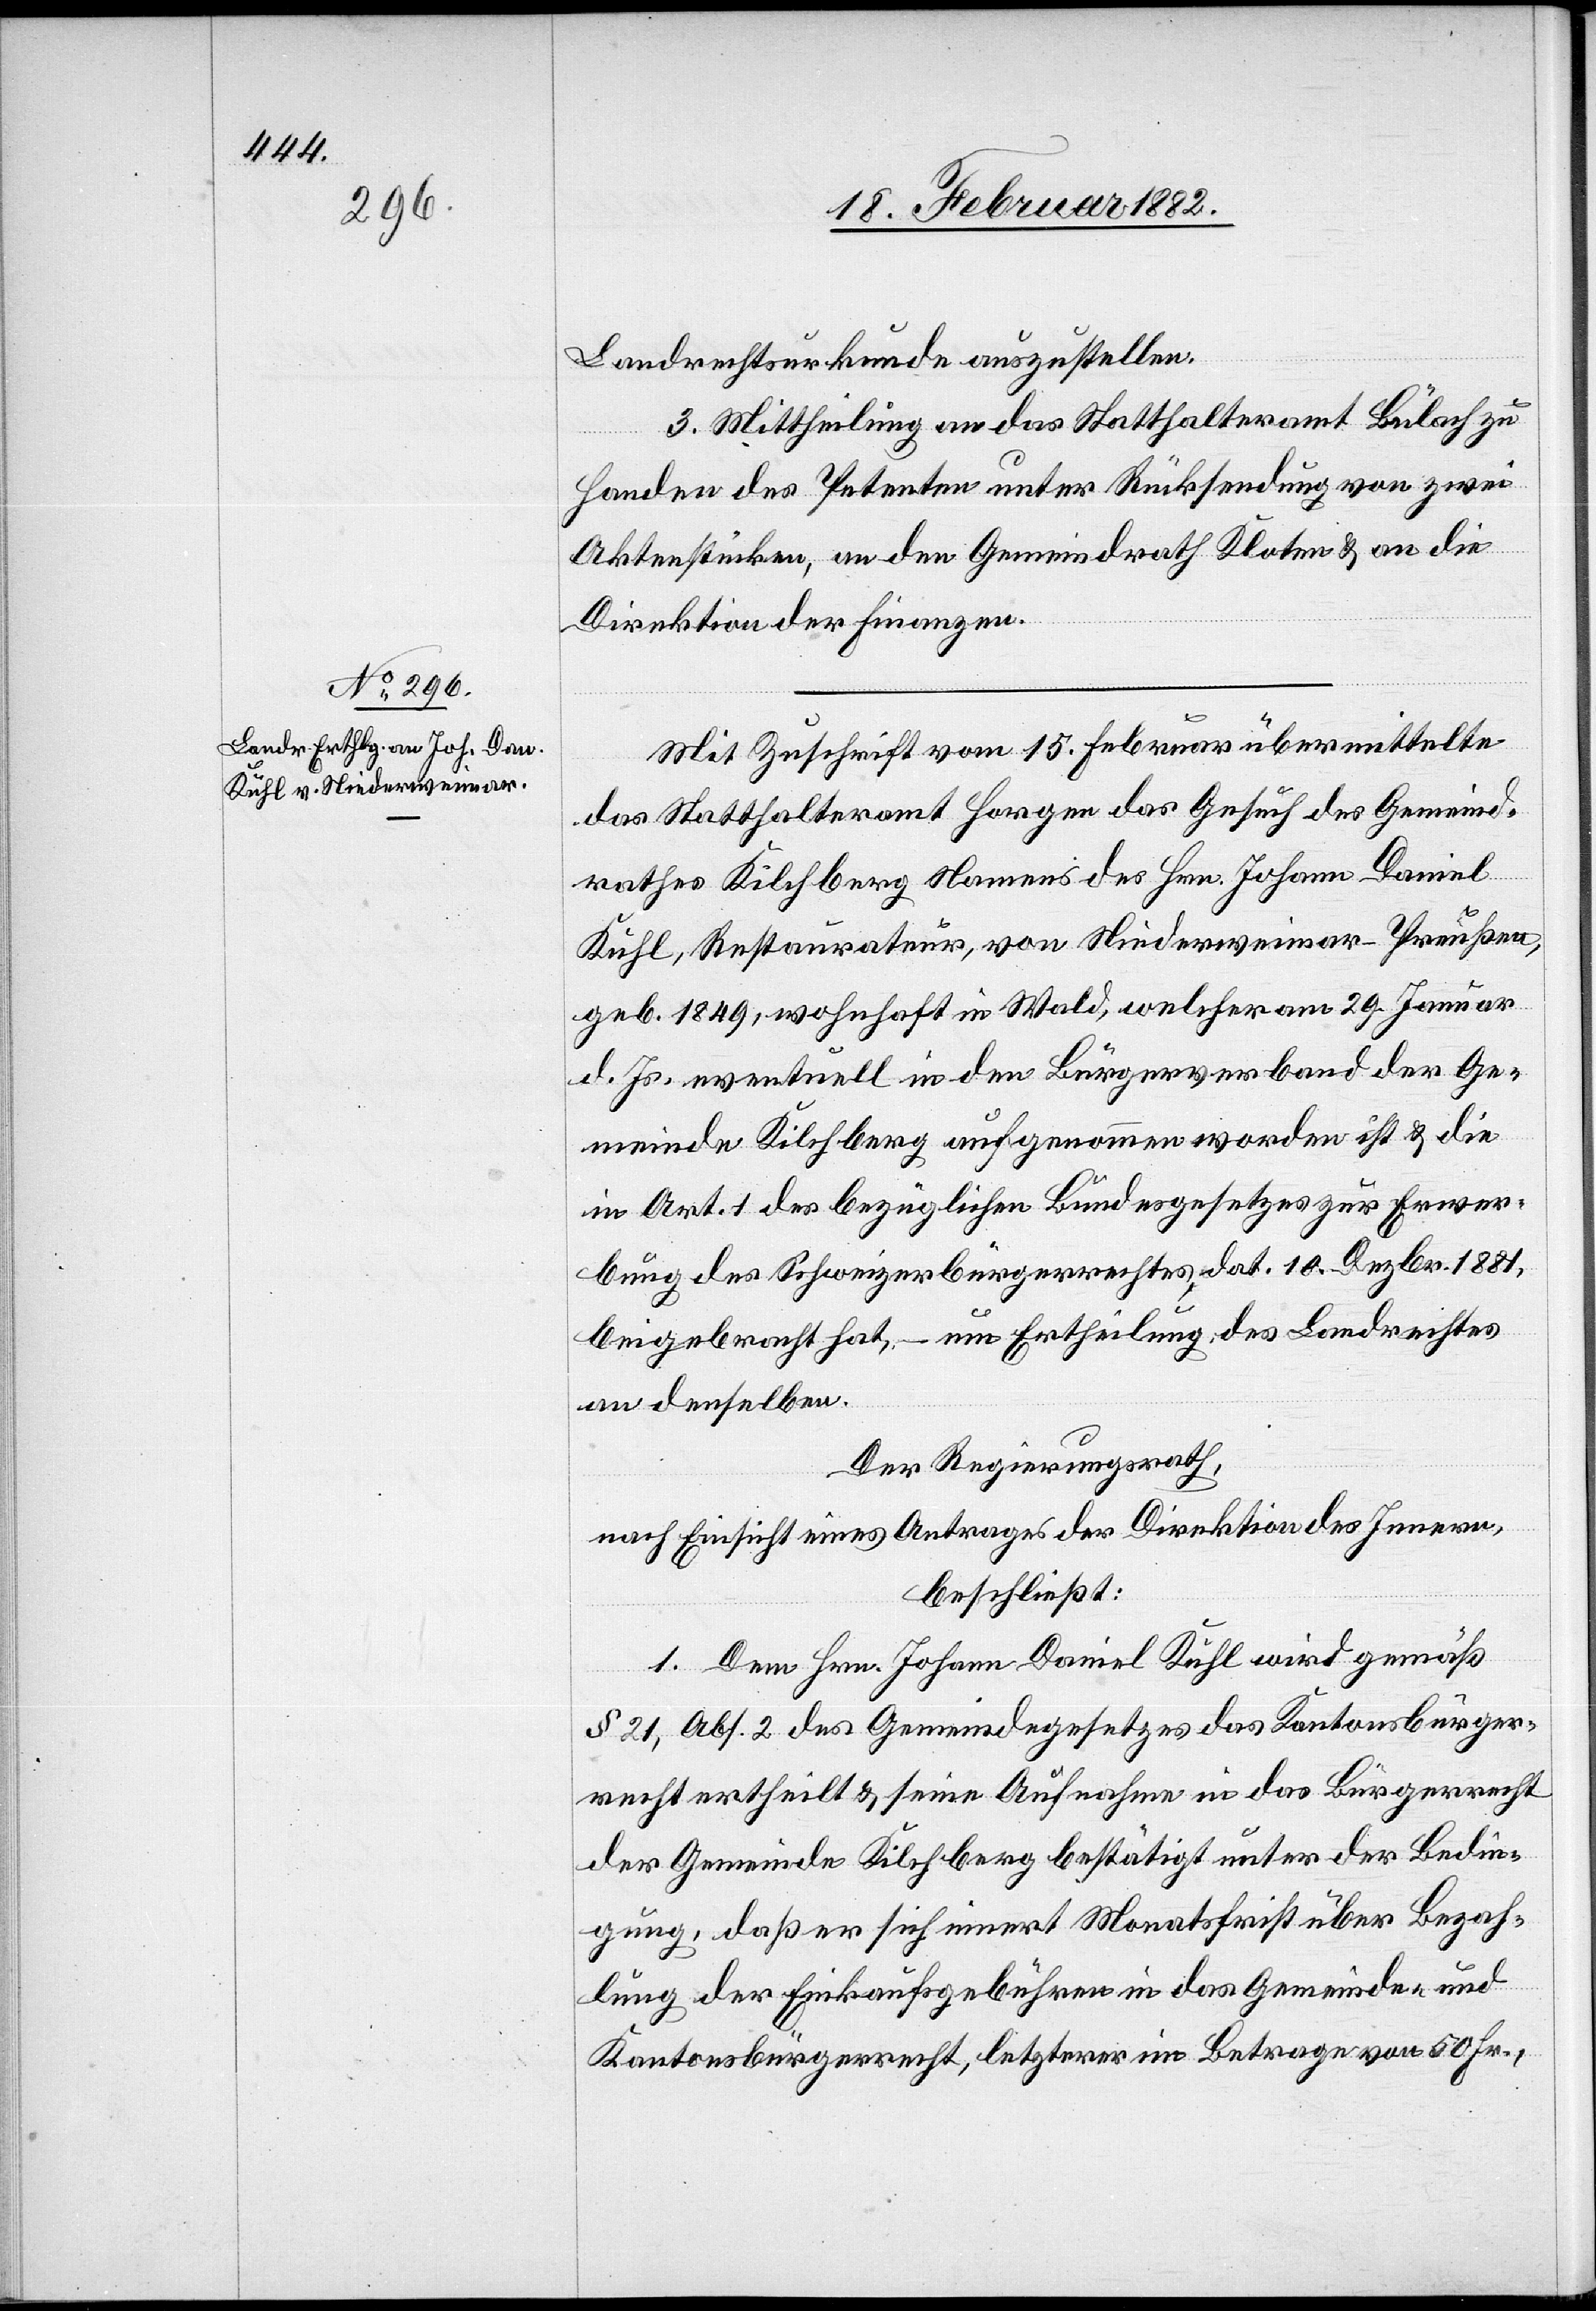
Landrechtsurkunde auszustellen.
3. Mittheilung an das Statthalteramt Bülach zu
Handen des Petenten unter Rücksendung von zwei
Aktenstücken, an den Gemeindrath Kloten & an die
Direktion der Finanzen.
Mit Zuschrift vom 15. Februar übermittelte
das Statthalteramt Horgen das Gesuch des Gemeind¬
rathes Kilchberg Namens des Hrn. Johann Daniel
Kuhl, Restaurateur, von Niederweimar - Preußen,
geb. 1849, wohnhaft in Wald, welcher am 29. Januar
d. Js. eventuell in den Bürgerverband der Ge¬
meinde Kilchberg aufgenommen worden ist & die
in Art. 1 des bezüglichen Bundesgesetzes zur Erwer¬
bung des Schweizerbürgerrechtes, dat. 10. Dezbr. 1881,
beigebracht hat, – um Ertheilung des Landrechtes
an denselben.
Der Regierungsrath,
nach Einsicht eines Antrages der Direktion des Innern,
beschließt:
1. Dem Hrn. Johann Daniel Kuhl wird gemäß
§ 21, Abs. 2 des Gemeindegesetzes das Kantonsbürger¬
recht ertheilt & seine Aufnahme in das Bürgerrecht
der Gemeinde Kilchberg bestätigt unter der Bedin¬
gung, daß er sich innert Monatsfrist über Bezah¬
lung der Einkaufsgebühren in das Gemeinde- und
Kantonsbürgerrecht, letzterer im Betrage vom 50 Fr.,